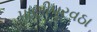
પાણીપૂરવઠા